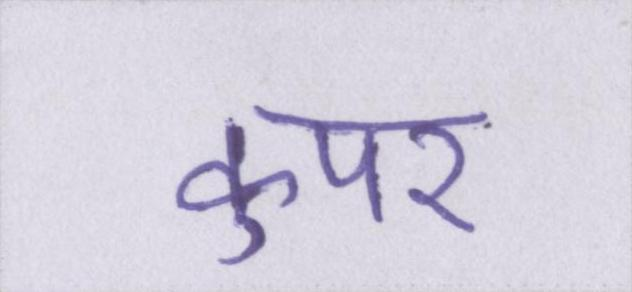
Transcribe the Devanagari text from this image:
कुपर